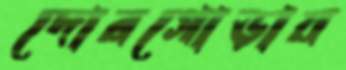
দোরগোড়ায়